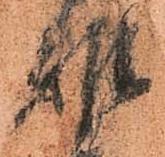
雅